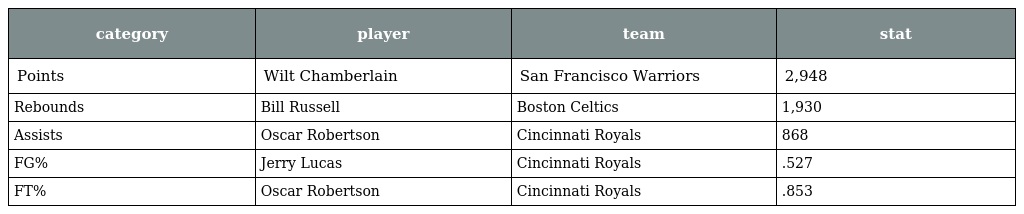
| category | player | team | stat |
 | --- | --- | --- | --- |
 | Points | Wilt Chamberlain | San Francisco Warriors | 2,948 |
 | Rebounds | Bill Russell | Boston Celtics | 1,930 |
 | Assists | Oscar Robertson | Cincinnati Royals | 868 |
 | FG% | Jerry Lucas | Cincinnati Royals | .527 |
 | FT% | Oscar Robertson | Cincinnati Royals | .853 |